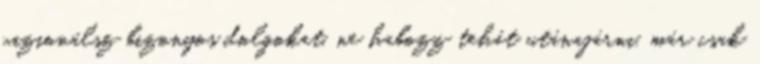
vizionálsz bizonyos dolgokat, ne habozz tehát utánajárni, már csak